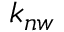
k _ { n w }